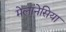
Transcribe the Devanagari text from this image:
मेलानेसिया